Relation of titanus [i.e. tetanus] to the hypodermic or intramuscular injection of quinine - Number 43
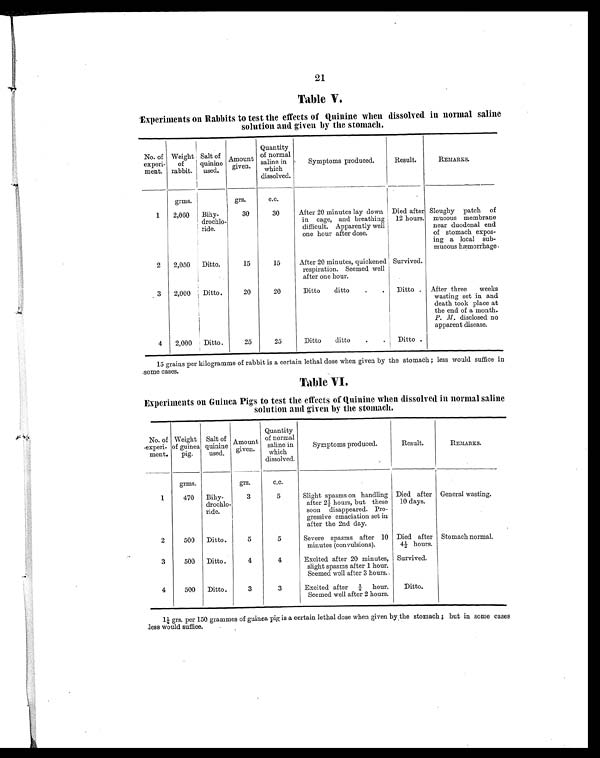
21
Table V.
Experiments on Rabbits to test the effects of Quinine when dissolved in normal saline
solution and given by the stomach.
No. of
experi-
ment.
Weight
of
rabbit.
Salt of
quinine
used.
Amount
given.
Quantity
of normal
saline in
which
dissolved.
Symptoms produced.
Result.
REMARKS.
grms.
grs.
c.c.
1
2,060
Bihy-
drochlo-
ride.
30
30
After 20 minutes lay down
in cage, and breathing
difficult. Apparently well
one hour after dose.
Died after
12 hours.
Sloughy patch of
mucous membrane
near duodenal end
of stomach expos-
ing a local sub-
mucous hæmorrhage.
2
2,050
Ditto.
15
15
After 20 minutes, quickened
respiration. Seemed well
after one hour.
Survived.
3
2,000
Ditto.
20
20
Ditto ditto
.
.
Ditto . After three weeks
wasting set in and
death took place at
the end of a month.
P. M. disclosed no
apparent disease.
4
2,000
Ditto .
25
25
Ditto ditto
.
.
Ditto .
15 grains per kilogramme of rabbit is a certain lethal dose when given by the stomach; less would suffice in
some cases.
Table VI.
Experiments on Guinea Pigs to test the effects of Quinine when dissolved in normal saline
solution and given by the stomach.
No. of
experi-
ment.
Weight
of guinea
pig.
Salt of
quinine
used.
Amount
given.
Quantity
of normal
saline in
which
dissolved.
Symptoms produced.
Result.
REMARKS.
grms.
grs.
c.c.
1
470
Bihy-
drochlo-
ride.
3
5
Slight spasms on handling
after 2½ hours, but these
soon disappeared. Pro-
gressive emaciation set in
after the 2nd day.
Died after
10 days.
General wasting.
2
500
Ditto.
5
5
Severe spasms after 10
minutes (convulsions).
Died after
4½ hours.
Stomach normal.
3
500
Ditto .
4
4
Excited after 20 minutes,
slight spasms after 1 hour.
Seemed well after 3 hours.
Survived.
4
500
Ditto.
3
3
Excited after ¾ hour.
Seemed well after 2 hours.
Ditto.
1¼ grs. per 150 grammes of guinea pig is a certain lethal dose when given by the stomach; but in some cases
less would suffice.